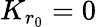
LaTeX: K_{r_{0}}=0